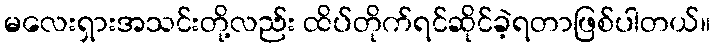
မလေးရှားအသင်းတို့လည်း ထိပ်တိုက်ရင်ဆိုင်ခဲ့ရတာဖြစ်ပါတယ်။